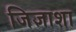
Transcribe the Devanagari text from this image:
जिज्ञाशा